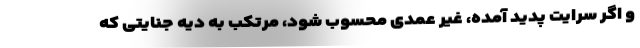
و اگر سرایت پدید آمده، غیر عمدی محسوب شود، مرتکب به دیه جنایتی که